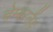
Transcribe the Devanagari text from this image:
चेम्बरलैंड